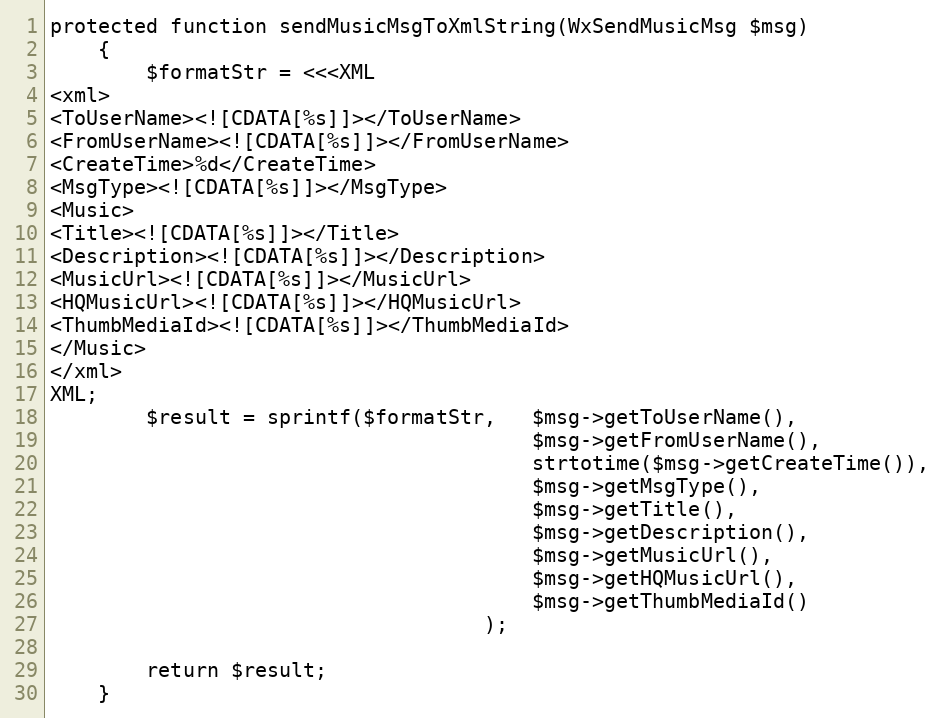
Language: PHP
protected function sendMusicMsgToXmlString(WxSendMusicMsg $msg)
    {
        $formatStr = <<<XML
<xml>
<ToUserName><![CDATA[%s]]></ToUserName>
<FromUserName><![CDATA[%s]]></FromUserName>
<CreateTime>%d</CreateTime>
<MsgType><![CDATA[%s]]></MsgType>
<Music>
<Title><![CDATA[%s]]></Title>
<Description><![CDATA[%s]]></Description>
<MusicUrl><![CDATA[%s]]></MusicUrl>
<HQMusicUrl><![CDATA[%s]]></HQMusicUrl>
<ThumbMediaId><![CDATA[%s]]></ThumbMediaId>
</Music>
</xml>
XML;
        $result = sprintf($formatStr,   $msg->getToUserName(),
                                        $msg->getFromUserName(),
                                        strtotime($msg->getCreateTime()),
                                        $msg->getMsgType(),
                                        $msg->getTitle(),
                                        $msg->getDescription(),
                                        $msg->getMusicUrl(),
                                        $msg->getHQMusicUrl(),
                                        $msg->getThumbMediaId()
                                    );

        return $result;
    }